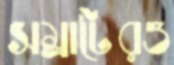
সম্রাটেরও